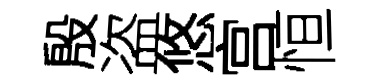
殷盗悠宫恒